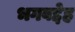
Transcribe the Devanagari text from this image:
भगवद्देह